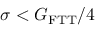
\sigma < G _ { \mathrm { F T T } } / 4